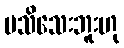
မသိသေးဘူးဟု